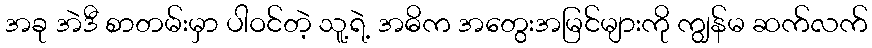
အခု အဲဒီ စာတမ်းမှာ ပါဝင်တဲ့ သူ့ရဲ့ အဓိက အတွေးအမြင်များကို ကျွန်မ ဆက်လက်